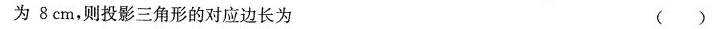
为8cm，则投影三角形的对应边长为 ()